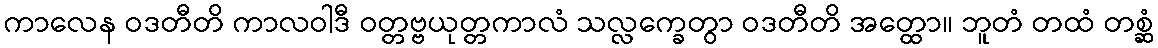
ကာလေန ဝဒတီတိ ကာလဝါဒီ ဝတ္တဗ္ဗယုတ္တကာလံ သလ္လက္ခေတွာ ဝဒတီတိ အတ္ထော။ ဘူတံ တထံ တစ္ဆံ